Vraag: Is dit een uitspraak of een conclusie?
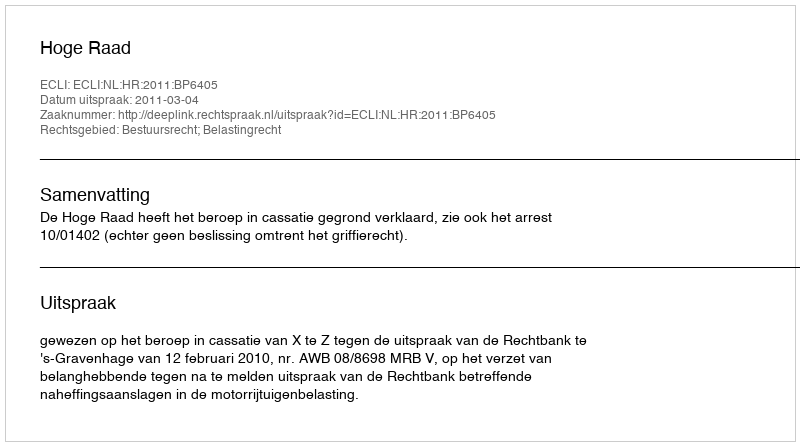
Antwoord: Uitspraak